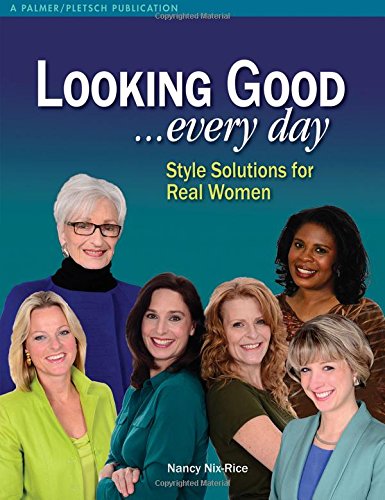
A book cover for Looking Good . . . Every Day: Style Solutions for Real Women; Nancy Nix-Rice; Health, Fitness & Dieting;